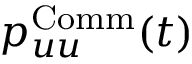
p _ { u u } ^ { \operatorname { C o m m } } ( t )